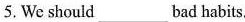
5. We should___bad habits.